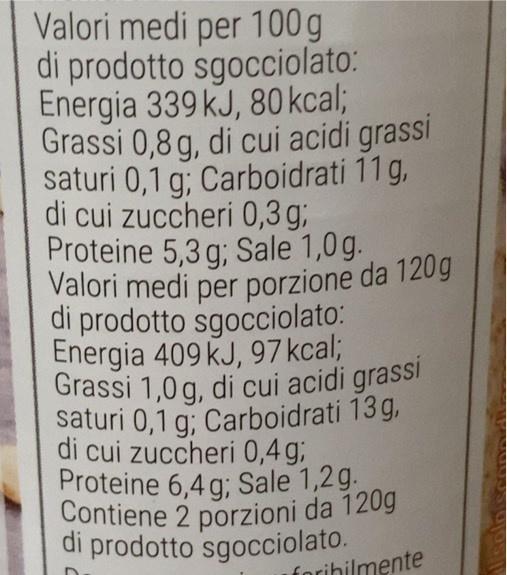
Valori medi per 100 g di prodotto sgocciolato: Energia 339 kJ, 80kcal; Grassi 0,8 g, di cui acidi grassi saturi 0,1 g; Carboidrati 11 g, di cui zuccheri 0,3 g; Proteine 5,3 g; Sale 1,0 g.
Valori medi per porzione da 120g
di prodotto sgocciolato: Energia 409 kJ, 97 kcal; Grassi 1,0 g, di cui acidi grassi saturi 0,1 g; Carboidrati 13 g, di cui zuccheri 0,4 gB Proteine 6,4 g; Sale 1,2g. Contiene 2 porzioni da 120g di prodotto sgocciolato. forihilmente